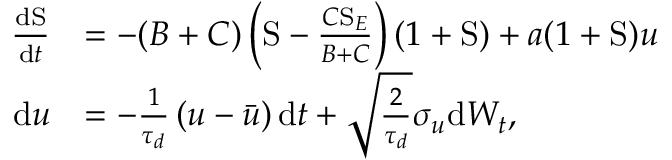
\begin{array} { r l } { \frac { \mathrm { d } \mathrm { S } } { \mathrm { d } t } } & { = - ( B + C ) \left( \mathrm { S } - \frac { C \mathrm { S } _ { E } } { B + C } \right) ( 1 + \mathrm { S } ) + a ( 1 + \mathrm { S } ) u } \\ { \mathrm { d } u } & { = - \frac { 1 } { \tau _ { d } } \left( u - \bar { u } \right) \mathrm { d } t + \sqrt { \frac { 2 } { \tau _ { d } } } \sigma _ { u } \mathrm { d } W _ { t } , } \end{array}